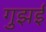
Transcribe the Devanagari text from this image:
गुझई